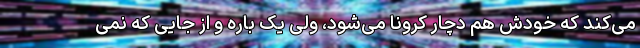
می‌کند که خودش هم دچار کرونا می‌شود، ولی یک باره و از جایی که نمی